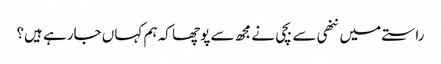
راستے میں ننھی سے بچی نے مجھ سے پوچھا کہ ہم کہاں جارہے ہیں؟